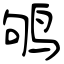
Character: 鸲